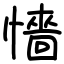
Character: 懎